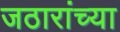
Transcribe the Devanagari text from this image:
जठारांच्या